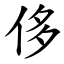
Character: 侈